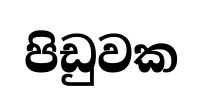
පිඩුවක